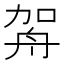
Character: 𦨦